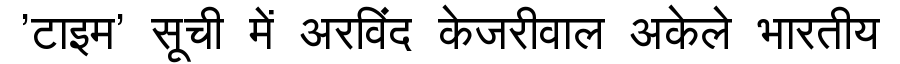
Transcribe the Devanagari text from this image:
'टाइम' सूची में अरविंद केजरीवाल अकेले भारतीय